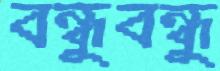
বন্ধুবন্ধু